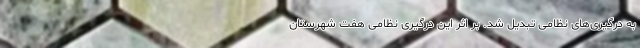
به درگیری‌های نظامی تبدیل شد. بر اثر این درگیری نظامی هفت شهرستان